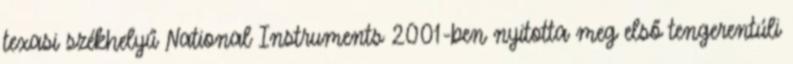
texasi székhelyű National Instruments 2001-ben nyitotta meg első tengerentúli